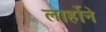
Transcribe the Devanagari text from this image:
लार्होने